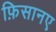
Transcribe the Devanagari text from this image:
फ़िसानए